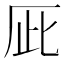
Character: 𠩆